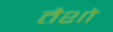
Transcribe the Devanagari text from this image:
तैशो